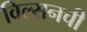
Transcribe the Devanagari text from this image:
विल्सनची